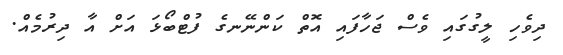
ދިވެހި ލީގުގައި ވެސް ޖަހާފައި އޮތް ކަންނޭނގެ ފުޓްބޯޅަ އަށް އާ ދިރުމެއް.